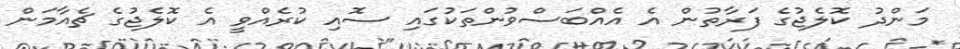
މަންދު ކޮލެޖުގެ ފަރާތުން އެ އެއްބަސްވުންތަކުގައި ސޮއި ކުރެއްވީ އެ ކޮލެޖުގެ ޗެއާމަން